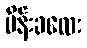
မိန်းခလေး